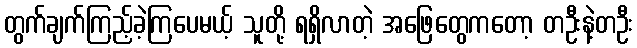
တွက်ချက်ကြည့်ခဲ့ကြပေမယ့် သူတို့ ရရှိလာတဲ့ အဖြေတွေကတော့ တဦးနဲ့တဦး